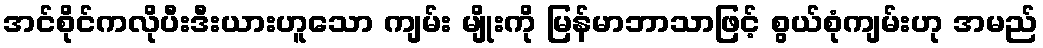
အင်စိုင်ကလိုပီးဒီးယားဟူသော ကျမ်း မျိုးကို မြန်မာဘာသာဖြင့် စွယ်စုံကျမ်းဟု အမည်